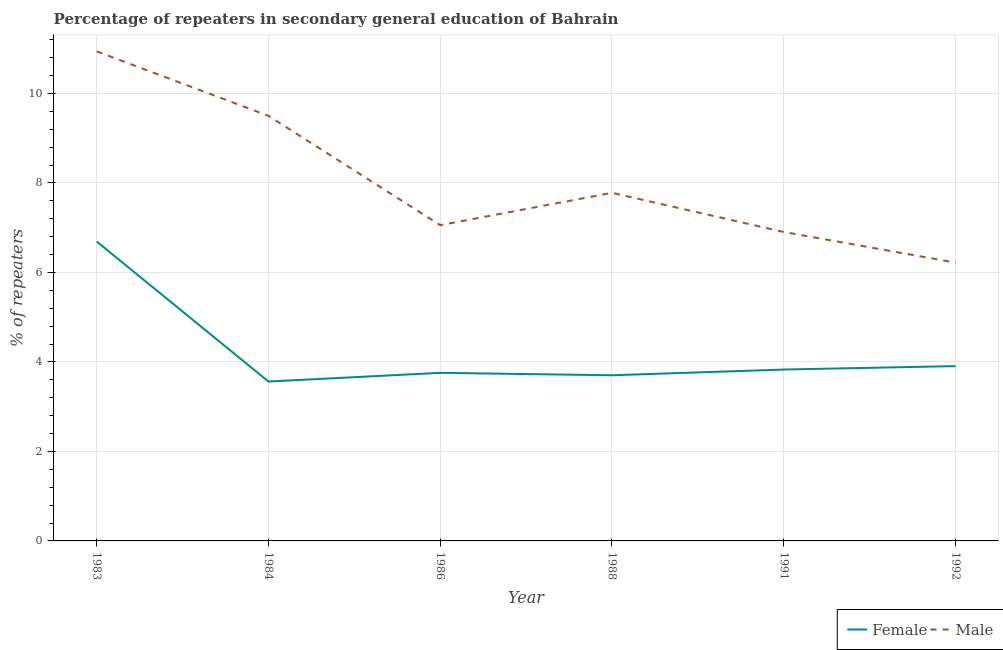
| Year | Female | Male |
 | --- | --- | --- |
 | 1983 | 6.69 | 10.9 |
 | 1984 | 3.56 | 9.5 |
 | 1986 | 3.76 | 7.06 |
 | 1988 | 3.7 | 7.78 |
 | 1991 | 3.83 | 6.9 |
 | 1992 | 3.91 | 6.22 |